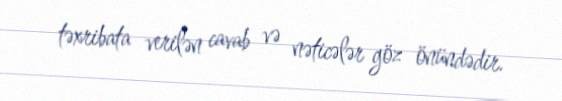
təxribata verilən cavab və nəticələr göz önündədir.